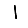
Digit: 1